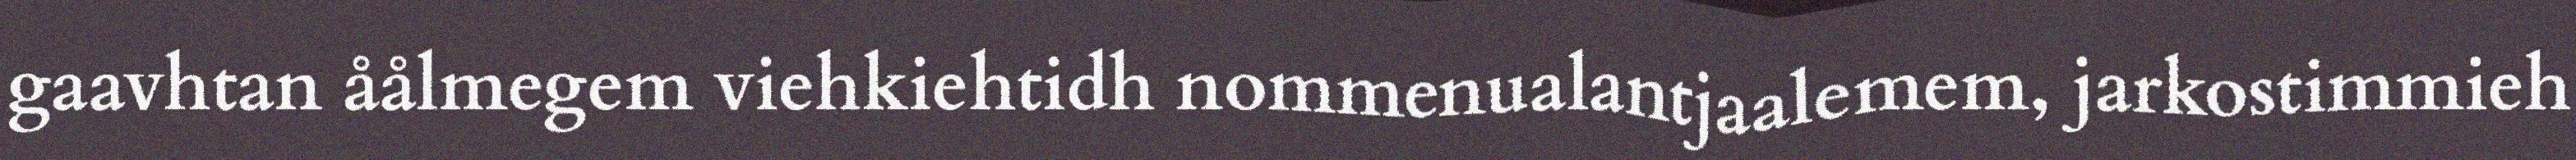
gaavhtan åålmegem viehkiehtidh nommenualantjaalemem, jarkostimmieh